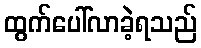
ထွက်ပေါ်လာခဲ့ရသည်